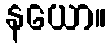
နယော။